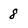
Character: 8